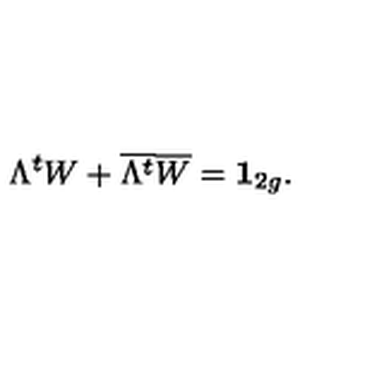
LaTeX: \Lambda ^ { t } W + { \overline { { \Lambda ^ { t } } } } { \overline { { W } } } = { \bf { 1 } } _ { 2 g } .